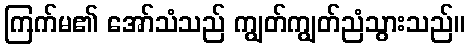
ကြက်မ၏ အော်သံသည် ကျွတ်ကျွတ်ညံသွားသည်။